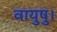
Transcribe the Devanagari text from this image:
वायुषु।